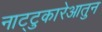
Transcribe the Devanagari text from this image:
नाट्टुकारेआतुन